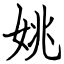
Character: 姚